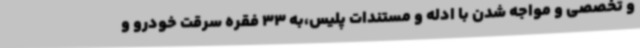
و تخصصی و مواجه شدن با ادله و مستندات پلیس،به 33 فقره سرقت خودرو و